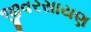
જીવરસાયણ